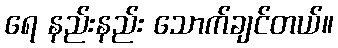
ရေ နည်းနည်း သောက်ချင်တယ်။